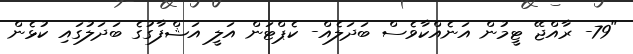
"79- ރާއްޖޭ ޓީމުން އަނެއްކާވެސް ބަދަލެއް- ކެޕްޓަން އަލީ އަޝްފާގުގެ ބަދަލުގައި ކުޅެން